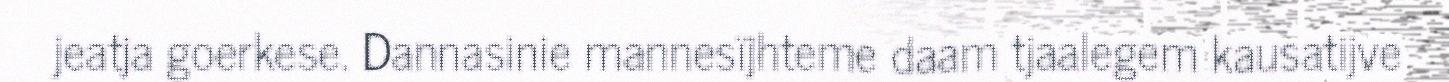
jeatja goerkese. Dannasinie mannesïjhteme daam tjaalegem kausatijve